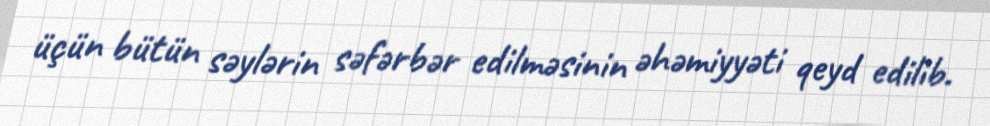
üçün bütün səylərin səfərbər edilməsinin əhəmiyyəti qeyd edilib.